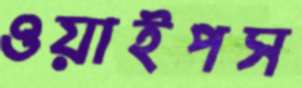
ওয়াইপস